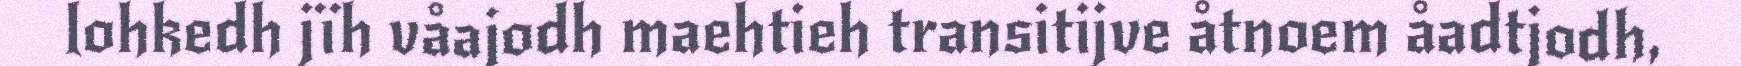
lohkedh jïh våajodh maehtieh transitijve åtnoem åadtjodh,